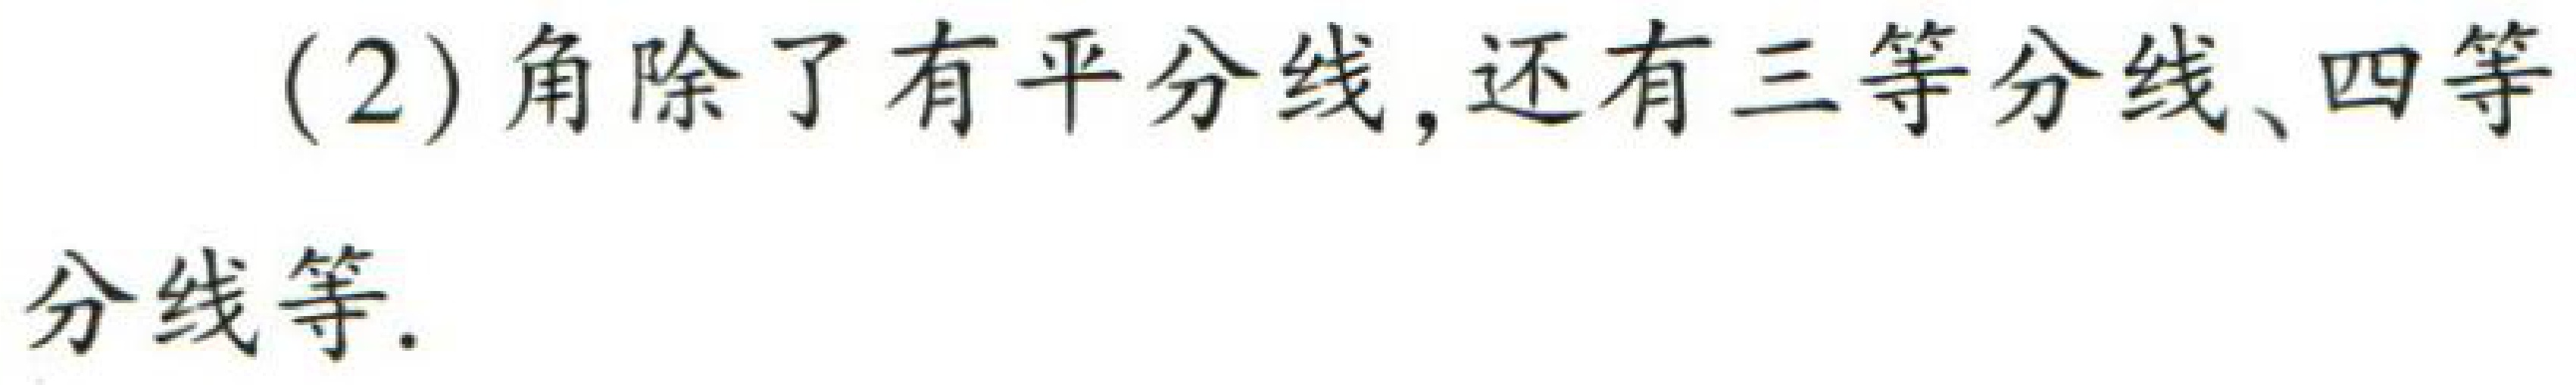
(2) 角除了有平分线, 还有三等分线、四等分线等.